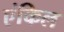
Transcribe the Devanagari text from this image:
एंकिल